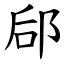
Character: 郈